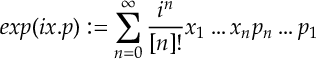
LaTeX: e x p ( i x . p ) : = \sum _ { n = 0 } ^ { \infty } \frac { i ^ { n } } { [ n ] ! } x _ { 1 } \ldots x _ { n } p _ { n } \ldots p _ { 1 }